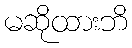
မဆိုထားဘိ